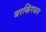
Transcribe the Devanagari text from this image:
बरकिंगधन